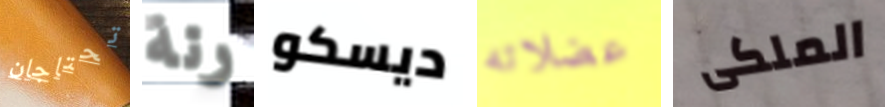
تحتاجان رنة ديسكو عضلاته الملكى